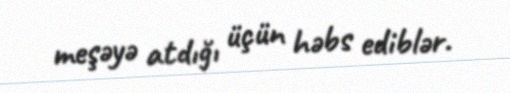
meşəyə atdığı üçün həbs ediblər.